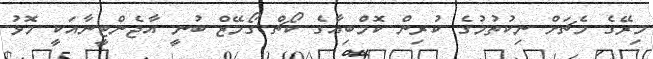
މިރޭގެ މެޗަށް ނިކުތުމުގެ ކުރިން ކޮމްބިއާގެ ކޯޗް ގޯމޭޒް ބުނީ އާޖެންޓީނާއަކީ މޮޅު